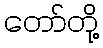
တော်တို့